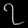
Digit: ၇